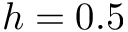
h = 0 . 5